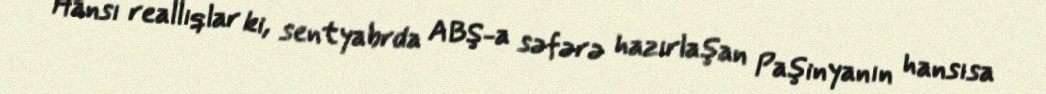
Hansı reallıqlar ki, sentyabrda ABŞ-a səfərə hazırlaşan Paşinyanın hansısa